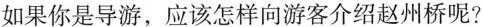
如果你是导游，应该怎样向游客介绍赵州桥呢?